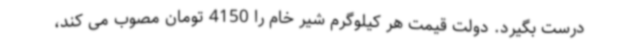
درست بگیرد. دولت قیمت هر کیلوگرم شیر خام را 4150 تومان مصوب می کند،